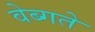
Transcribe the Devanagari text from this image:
वेब्गते